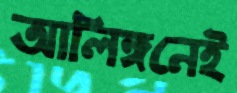
আলিঙ্গনেই